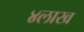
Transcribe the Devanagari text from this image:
४लाख